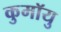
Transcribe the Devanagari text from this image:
कुमॉयु